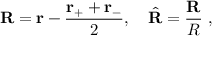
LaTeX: \mathbf { R } = \mathbf { r } - { \frac { \mathbf { r } _ { + } + \mathbf { r } _ { - } } { 2 } } , \quad { \hat { \mathbf { R } } } = { \frac { \mathbf { R } } { R } } \ ,